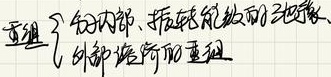
重组
$\begin{cases}
分子内部、振动能级的弛豫 \\
外部溶剂的重组
\end{cases}$